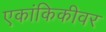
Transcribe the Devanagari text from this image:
एकांकिकीवर